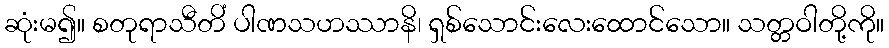
ဆုံးမ၍။ စတုရာသီတိံ ပါဏသဟဿာနိ၊ ရှစ်သောင်းလေးထောင်သော။ သတ္တဝါတို့ကို။